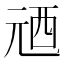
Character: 𠒓